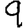
Digit: 9